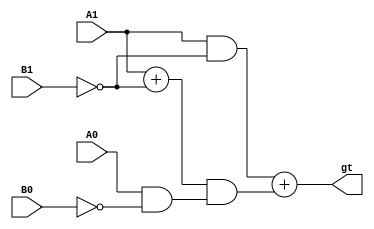
module twobitGT(

input wire A1, A0, B1, B0,
output wire gt// High if A > B

    );
    
    // Derived from a truth table
    wire w1;
    assign w1 = A1 & ~B1;
    
    wire w2;
    assign w2 = A0 & ~B0;
    
    wire w3;
    assign w3 = A1 + ~B1;
    
    wire w4;
    assign w4 = w3 & w2;
    
    assign gt = w1 + w4;
    
   endmodule